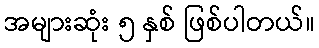
အများဆုံး ၅ နှစ် ဖြစ်ပါတယ်။